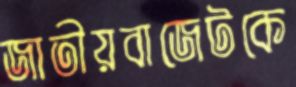
জাতীয়বাজেটকে